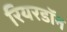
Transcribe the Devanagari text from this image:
रियरडॉन